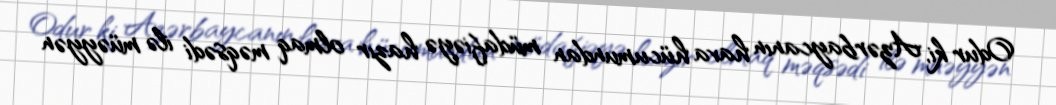
Odur ki, Azərbaycanın hava hücumundan müdafiəyə hazır olmaq məqsədi ilə müəyyən